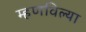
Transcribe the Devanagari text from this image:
म्हणविल्या